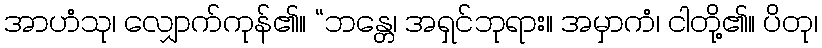
အာဟံသု၊ လျှောက်ကုန်၏။ “ဘန္တေ၊ အရှင်ဘုရား။ အမှာကံ၊ ငါတို့၏။ ပိတု၊